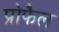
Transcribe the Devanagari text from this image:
प्रोफैल